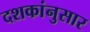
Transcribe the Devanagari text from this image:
दशकांनुसार